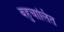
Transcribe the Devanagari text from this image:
बहुचालित